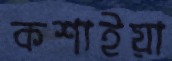
কশাইয়া